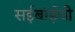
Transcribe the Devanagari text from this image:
सईबांईची